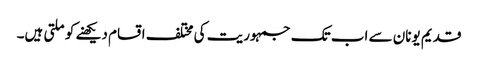
قدیم یونان سے اب تک جمہوریت کی مختلف اقسام دیکھنے کو ملتی ہیں۔